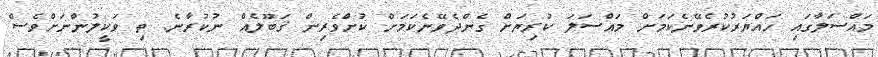
މައްސަލާގައި ހައްޔަރުކުރެވޭނެކަމަށް މައްސަލަ ކުރިޔަށް ގެންދެވޭނެކަމަށް ކުށްވެރިން ޤަބޫލެއް ނުކުރާނެ. ތި ވަކީލުންނަށްވެސް